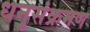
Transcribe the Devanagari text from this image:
धनुसंक्रमण